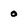
Character: o